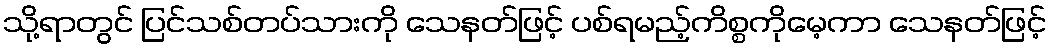
သို့ရာတွင် ပြင်သစ်တပ်သားကို သေနတ်ဖြင့် ပစ်ရမည့်ကိစ္စကိုမေ့ကာ သေနတ်ဖြင့်